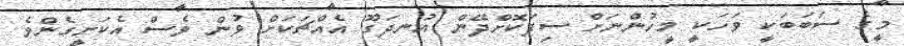
މީގެ ސަބަބަކީ ވަހަކީ މީހުންނަށް ސިފަކޮށްދޭން އުނދަގޫ އެއްޗަކަށް ވުން ވެސް އެކަށީގެންވެ